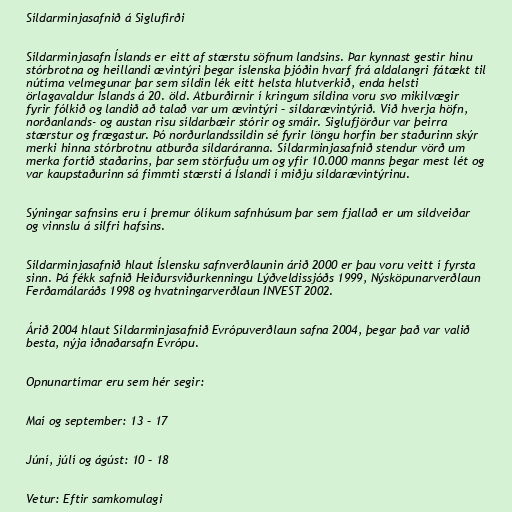
Síldarminjasafnið á Siglufirði

Síldarminjasafn Íslands er eitt af stærstu söfnum landsins. Þar kynnast gestir hinu
stórbrotna og heillandi ævintýri þegar íslenska þjóðin hvarf frá aldalangri fátækt til
nútíma velmegunar þar sem síldin lék eitt helsta hlutverkið, enda helsti
örlagavaldur Íslands á 20. öld. Atburðirnir í kringum síldina voru svo mikilvægir
fyrir fólkið og landið að talað var um ævintýri – síldarævintýrið. Við hverja höfn,
norðanlands- og austan risu síldarbæir stórir og smáir. Siglufjörður var þeirra
stærstur og frægastur. Þó norðurlandssíldin sé fyrir löngu horfin ber staðurinn skýr
merki hinna stórbrotnu atburða síldaráranna. Síldarminjasafnið stendur vörð um
merka fortíð staðarins, þar sem störfuðu um og yfir 10.000 manns þegar mest lét og
var kaupstaðurinn sá fimmti stærsti á Íslandi í miðju síldarævintýrinu.

Sýningar safnsins eru í þremur ólíkum safnhúsum þar sem fjallað er um síldveiðar
og vinnslu á silfri hafsins.

Síldarminjasafnið hlaut Íslensku safnverðlaunin árið 2000 er þau voru veitt í fyrsta
sinn. Þá fékk safnið Heiðursviðurkenningu Lýðveldissjóðs 1999, Nýsköpunarverðlaun
Ferðamálaráðs 1998 og hvatningarverðlaun INVEST 2002.

Árið 2004 hlaut Síldarminjasafnið Evrópuverðlaun safna 2004, þegar það var valið
besta, nýja iðnaðarsafn Evrópu.

Opnunartímar eru sem hér segir:

Maí og september: 13 – 17

Júní, júlí og ágúst: 10 – 18

Vetur: Eftir samkomulagi